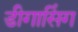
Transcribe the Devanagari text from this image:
डीगासिंग